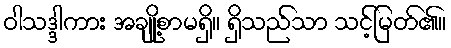
ဝါသဒ္ဒါကား အချို့စာမရှိ။ ရှိသည်သာ သင့်မြတ်၏။